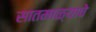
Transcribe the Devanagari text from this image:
सातमाळ्याचे